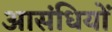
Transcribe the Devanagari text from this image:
आसंधियों